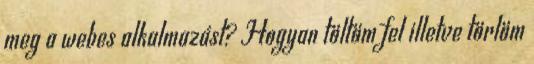
meg a webes alkalmazást? Hogyan töltöm fel illetve törlöm